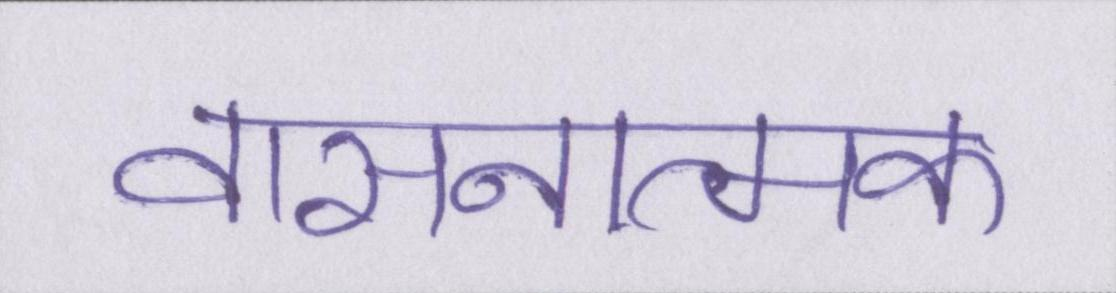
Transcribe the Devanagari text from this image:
वासनात्मक